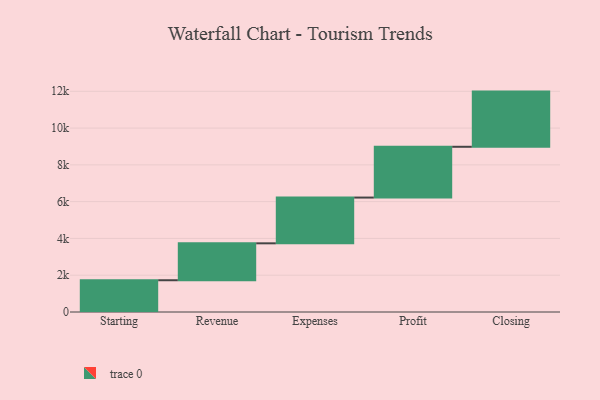
{"axis": {"x": "Step", "y": "Value"}, "legend": [""], "data": [{"x": "Starting", "y": 1727.0, "type": ""}, {"x": "Revenue", "y": 2007.0, "type": ""}, {"x": "Expenses", "y": 2488.0, "type": ""}, {"x": "Profit", "y": 2761.0, "type": ""}, {"x": "Closing", "y": 3000, "type": ""}]}